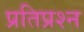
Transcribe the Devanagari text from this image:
प्रतिप्रश्न